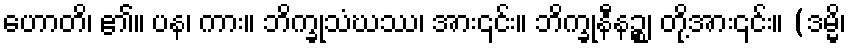
ဟောတိ၊ ၏။ ပန၊ ကား။ ဘိက္ခုသံဃဿ၊ အား၎င်း။ ဘိက္ခုနီနဉ္စ၊ တို့အား၎င်း။ (ဒမ္မိ၊